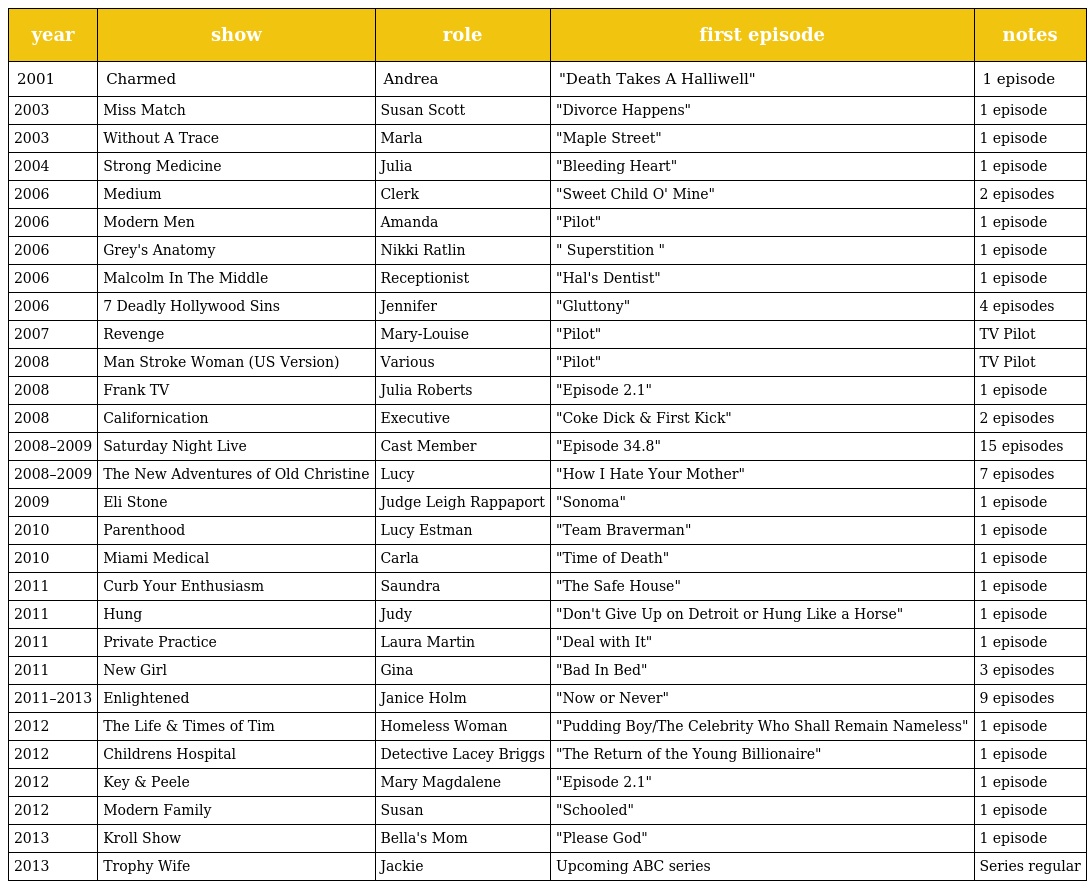
| year | show | role | first episode | notes |
 | --- | --- | --- | --- | --- |
 | 2001 | Charmed | Andrea | "Death Takes A Halliwell" | 1 episode |
 | 2003 | Miss Match | Susan Scott | "Divorce Happens" | 1 episode |
 | 2003 | Without A Trace | Marla | "Maple Street" | 1 episode |
 | 2004 | Strong Medicine | Julia | "Bleeding Heart" | 1 episode |
 | 2006 | Medium | Clerk | "Sweet Child O' Mine" | 2 episodes |
 | 2006 | Modern Men | Amanda | "Pilot" | 1 episode |
 | 2006 | Grey's Anatomy | Nikki Ratlin | " Superstition " | 1 episode |
 | 2006 | Malcolm In The Middle | Receptionist | "Hal's Dentist" | 1 episode |
 | 2006 | 7 Deadly Hollywood Sins | Jennifer | "Gluttony" | 4 episodes |
 | 2007 | Revenge | Mary-Louise | "Pilot" | TV Pilot |
 | 2008 | Man Stroke Woman (US Version) | Various | "Pilot" | TV Pilot |
 | 2008 | Frank TV | Julia Roberts | "Episode 2.1" | 1 episode |
 | 2008 | Californication | Executive | "Coke Dick & First Kick" | 2 episodes |
 | 2008–2009 | Saturday Night Live | Cast Member | "Episode 34.8" | 15 episodes |
 | 2008–2009 | The New Adventures of Old Christine | Lucy | "How I Hate Your Mother" | 7 episodes |
 | 2009 | Eli Stone | Judge Leigh Rappaport | "Sonoma" | 1 episode |
 | 2010 | Parenthood | Lucy Estman | "Team Braverman" | 1 episode |
 | 2010 | Miami Medical | Carla | "Time of Death" | 1 episode |
 | 2011 | Curb Your Enthusiasm | Saundra | "The Safe House" | 1 episode |
 | 2011 | Hung | Judy | "Don't Give Up on Detroit or Hung Like a Horse" | 1 episode |
 | 2011 | Private Practice | Laura Martin | "Deal with It" | 1 episode |
 | 2011 | New Girl | Gina | "Bad In Bed" | 3 episodes |
 | 2011–2013 | Enlightened | Janice Holm | "Now or Never" | 9 episodes |
 | 2012 | The Life & Times of Tim | Homeless Woman | "Pudding Boy/The Celebrity Who Shall Remain Nameless" | 1 episode |
 | 2012 | Childrens Hospital | Detective Lacey Briggs | "The Return of the Young Billionaire" | 1 episode |
 | 2012 | Key & Peele | Mary Magdalene | "Episode 2.1" | 1 episode |
 | 2012 | Modern Family | Susan | "Schooled" | 1 episode |
 | 2013 | Kroll Show | Bella's Mom | "Please God" | 1 episode |
 | 2013 | Trophy Wife | Jackie | Upcoming ABC series | Series regular |